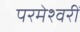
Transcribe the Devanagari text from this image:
परमेश्वरीं